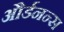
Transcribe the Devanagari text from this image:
और्डनन्स